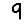
Digit: 9